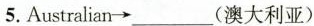
5.Australian \rightarrow ___(澳大利亚)